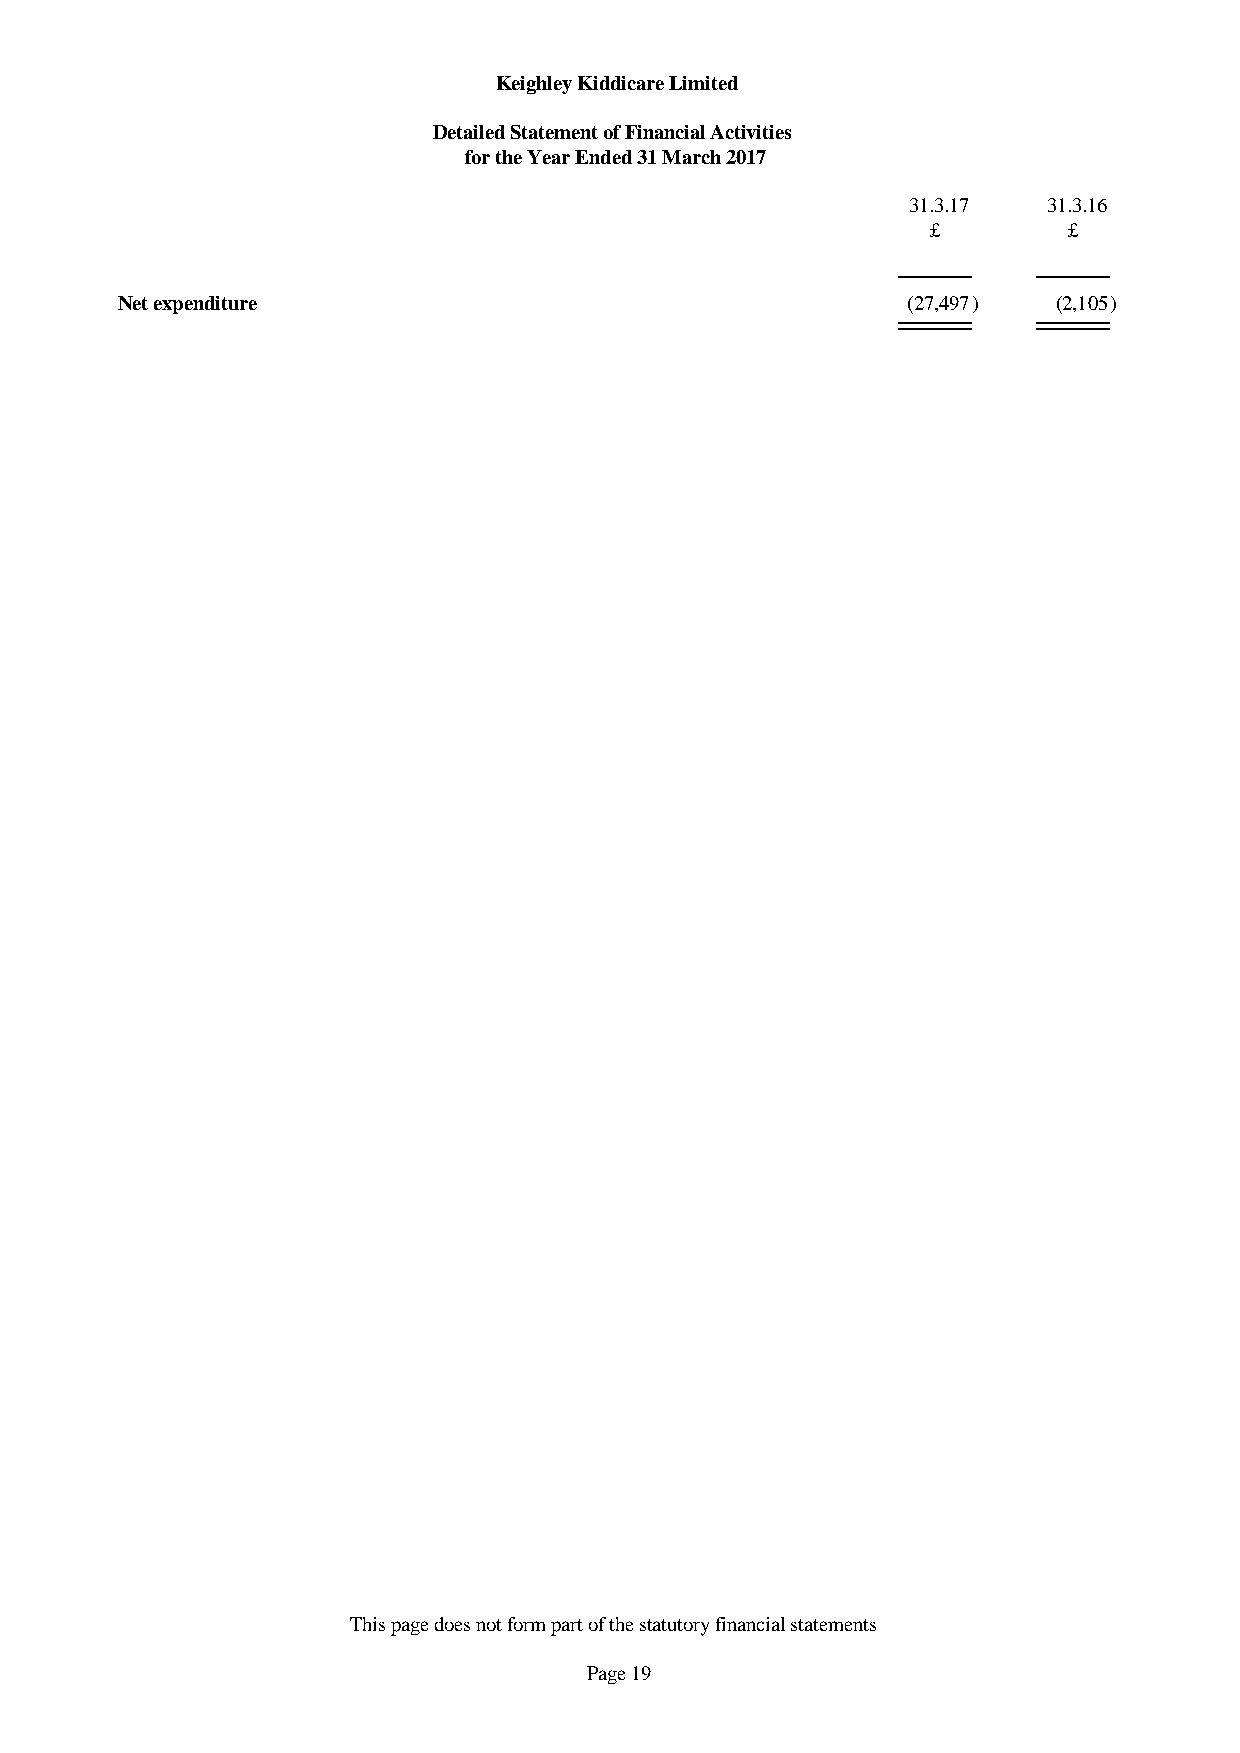
Keighley Kiddicare Limited
 Detailed Statement of Financial Activities
 for the Year Ended 31 March 2017
 31.3.17  31.3.16
 £        £
 Net expenditure                                     (27,497)  (2,105)
 This page does not form part of the statutory financial statements
 Page 19